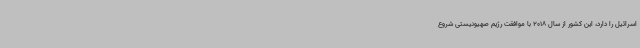
اسرائیل را دارد، این کشور از سال 2018 با موافقت رژیم صهیونیستی شروع